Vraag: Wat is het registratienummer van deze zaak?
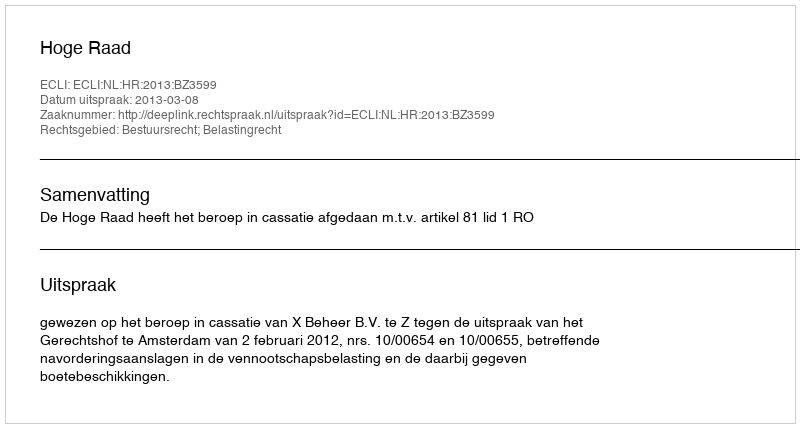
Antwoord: http://deeplink.rechtspraak.nl/uitspraak?id=ECLI:NL:HR:2013:BZ3599